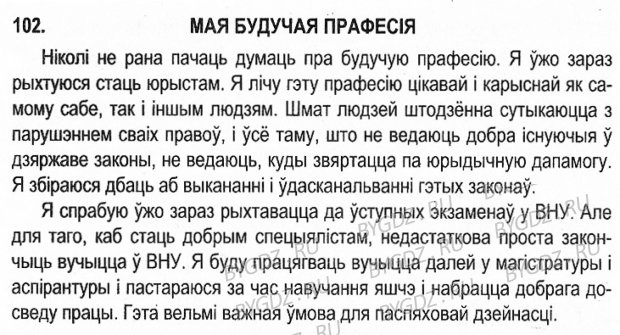
Language: be